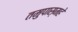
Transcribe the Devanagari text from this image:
तमुपास्महे